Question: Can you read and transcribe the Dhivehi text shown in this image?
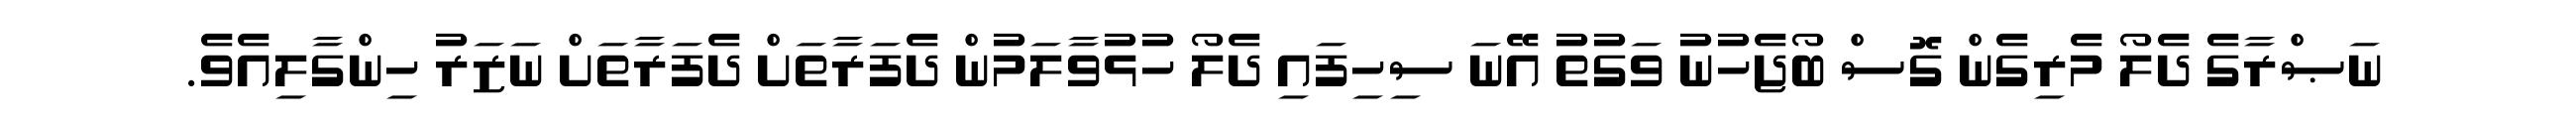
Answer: ނަޞްރާގެ ދެލޯ މެރިގެން ގޮސް ބޯޖެހުނު ވަގުތު އޭނަ ސިހިފައި ދެލޯ ހުޅުވާލަމުން ދެފަރާތަށް ދެފަރާތަށް ނަޒަރު ހިންގާލިއެވެ.